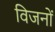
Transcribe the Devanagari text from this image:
विजनों